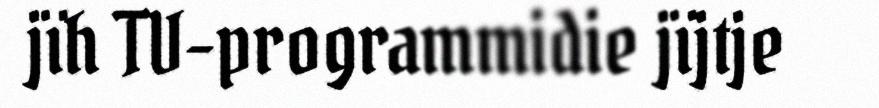
jïh TV-programmidie jïjtje